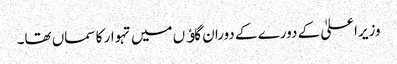
وزیراعلیٰ کے دورے کے دوران گاﺅں میں تہوار کا سماں تھا۔